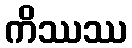
ကိဿဿ